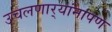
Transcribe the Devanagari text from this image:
उचलणार्‍यांनापण